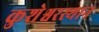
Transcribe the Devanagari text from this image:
कुशेश्वरस्थान